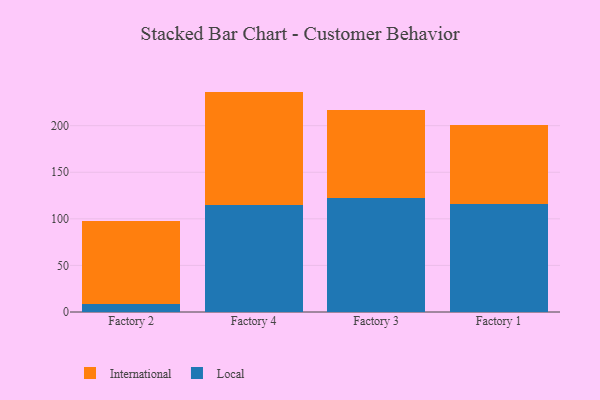
{"axis": {"x": "Factory", "y": "Temperature (°C)"}, "legend": ["International", "Local"], "data": [{"x": "Factory 2", "y": 8.7, "type": "Local"}, {"x": "Factory 2", "y": 89.2, "type": "International"}, {"x": "Factory 4", "y": 115.3, "type": "Local"}, {"x": "Factory 4", "y": 121.3, "type": "International"}, {"x": "Factory 3", "y": 122.4, "type": "Local"}, {"x": "Factory 3", "y": 94.5, "type": "International"}, {"x": "Factory 1", "y": 116.0, "type": "Local"}, {"x": "Factory 1", "y": 84.6, "type": "International"}]}